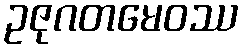
ဥဇုဂတမေဝဿ